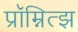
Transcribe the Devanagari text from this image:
प्रॉम्नित्झ